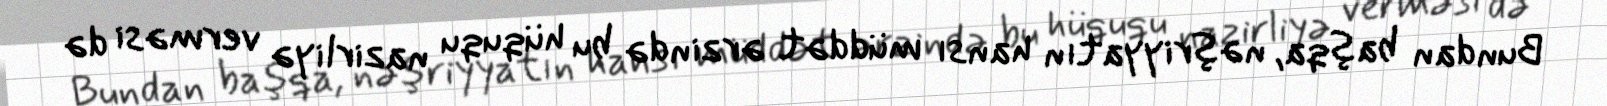
Bundan başqa, nəşriyyatın hansı müddət ərzində bu hüququ nazirliyə verməsi də